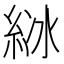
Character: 𦀋